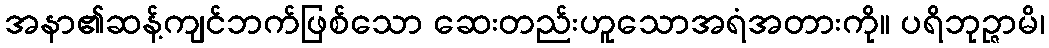
အနာ၏ဆန့်ကျင်ဘက်ဖြစ်သော ဆေးတည်းဟူသောအရံအတားကို။ ပရိဘုဉ္ဇာမိ၊